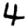
Digit: 4